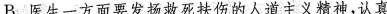
B. 医生一方面要发扬救死扶伤的人道主义精神，认真